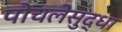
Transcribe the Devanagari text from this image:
पोचलेसुद्धा